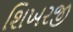
શિખરજી